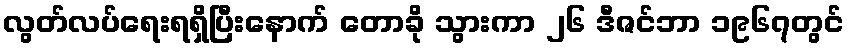
လွတ်လပ်ရေးရရှိပြီးနောက် တောခို သွားကာ ၂၆ ဒီဇင်ဘာ ၁၉၆၇တွင်